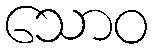
သောဝ